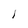
Character: I